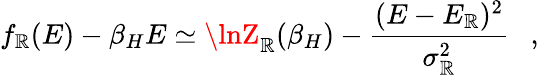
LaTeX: f_{\mathbb{R}}(E)-\beta_{H}E\simeq\lnZ_{\mathbb{R}}(\beta_{H})-{\frac{{(E-E_{\mathbb{R}})^{2}}}{{\sigma_{\mathbb{R}}^{2}}}}~~~,